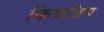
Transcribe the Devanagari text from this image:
किषत्रिय